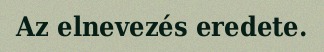
Az elnevezés eredete.